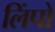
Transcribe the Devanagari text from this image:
लिंपो